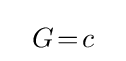
~~G\!=\!c~~